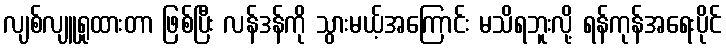
လျစ်လျူရှုထားတာ ဖြစ်ပြီး လန်ဒန်ကို သွားမယ့်အကြောင်း မသိရဘူးလို့ ရန်ကုန်အရေးပိုင်